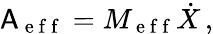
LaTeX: \mathsf{A}_{\mathrm{~e~f~f~}}=M_{\mathrm{~e~f~f~}}\dot{X}\, ,